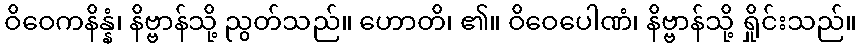
ဝိဝေကနိန္နံ၊ နိဗ္ဗာန်သို့ ညွတ်သည်။ ဟောတိ၊ ၏။ ဝိဝေပေါဏံ၊ နိဗ္ဗာန်သို့ ရှိုင်းသည်။